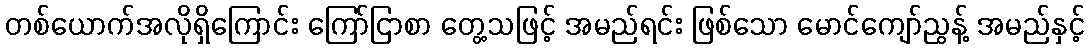
တစ်ယောက်အလိုရှိကြောင်း ကြော်ငြာစာ တွေ့သဖြင့် အမည်ရင်း ဖြစ်သော မောင်ကျော်ညွန့် အမည်နှင့်